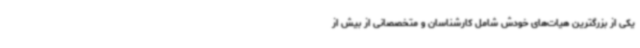
یکی از بزرگترین هیات‌های خودش شامل کارشناسان و متخصصانی از بیش از